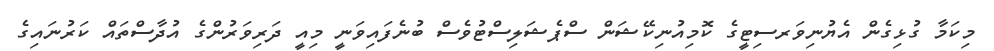
މިކަމާ ގުޅިގެން އެޔުނިވަރސިޓީގެ ކޮމިއުނިކޭޝަން ސްޕެޝަލިސްޓުވެސް ބުނެފައިވަނީ މިއީ ދަރިވަރުންގެ އުދާސްތައް ކަރުނައިގެ